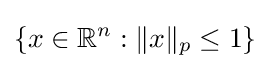
\{x\in \mathbb {R} ^{n}:\|x\|_{p}\leq 1\}